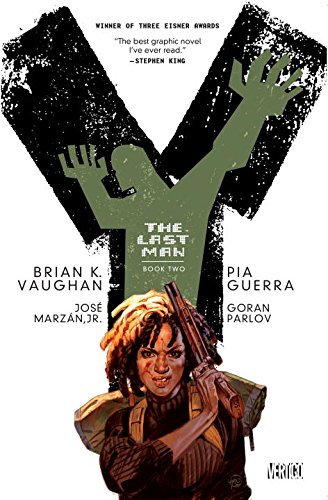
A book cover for Y: The Last Man Book Two; Brian K. Vaughan; Comics & Graphic Novels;